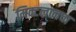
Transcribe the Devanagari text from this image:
मिक्टलानचा